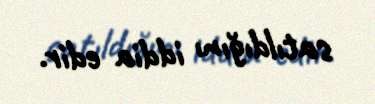
satıldığını iddia edir.